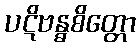
ပဋိဗန္ဓစိတ္တော